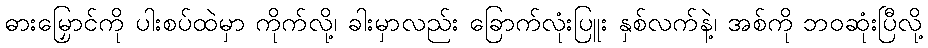
ဓားမြှောင်ကို ပါးစပ်ထဲမှာ ကိုက်လို့၊ ခါးမှာလည်း ခြောက်လုံးပြူး နှစ်လက်နဲ့၊ အစ်ကို ဘဝဆုံးပြီလို့